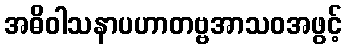
အဓိဝါသနာပဟာတဗ္ဗအာသဝအဖွင့်